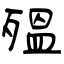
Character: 殟